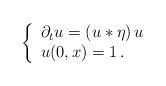
LaTeX: \begin{align*} \left\{ \begin{array}{l} \partial_t u = (u * \eta) \, u \\ u (0,x) = 1 \,. \end{array} \right.\end{align*}